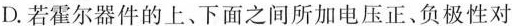
D.若霍尔器件的上、下面之间所加电压正、负极性对